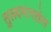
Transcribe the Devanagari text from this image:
सुलयमानख़ेल